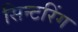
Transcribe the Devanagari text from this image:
सिन्टरिंग